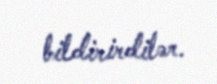
bildirirdilər.